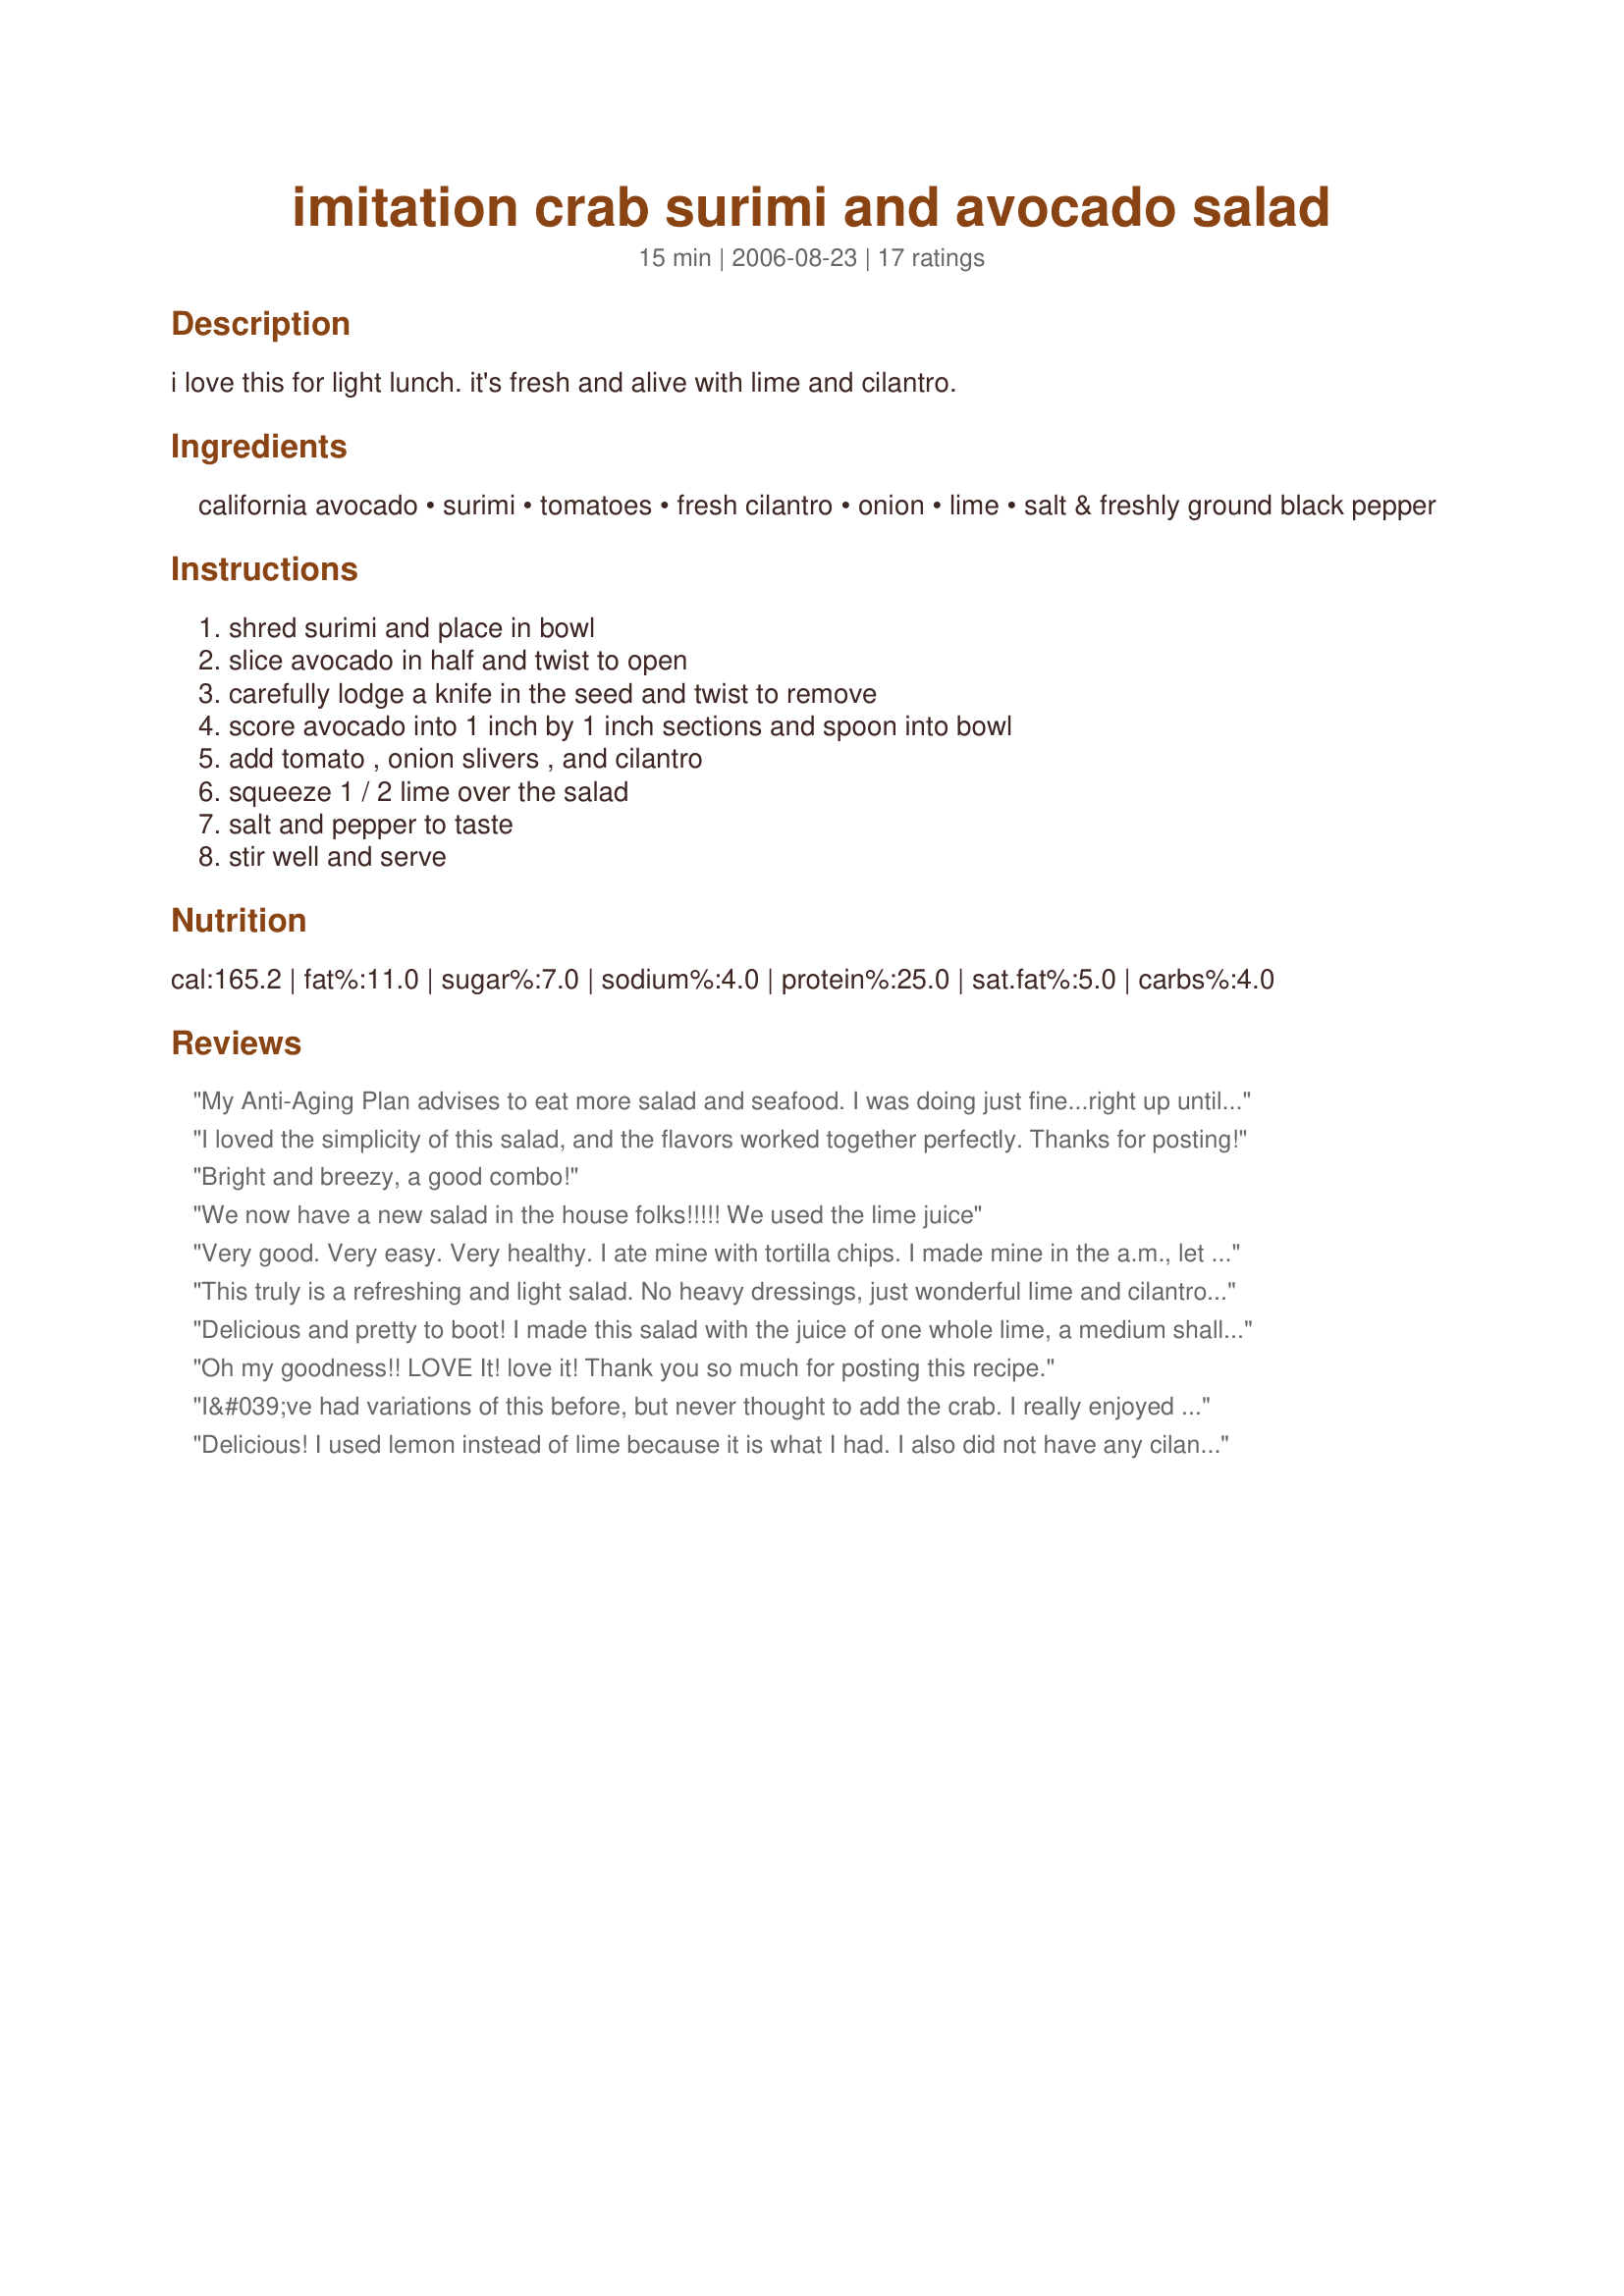
imitation crab surimi and avocado salad
Preparation time: 15 minutes

i love this for light lunch. it's fresh and alive with lime and cilantro.

Ingredients:
california avocado, surimi, tomatoes, fresh cilantro, onion, lime, salt & freshly ground black pepper

Steps:
shred surimi and place in bowl, slice avocado in half and twist to open, carefully lodge a knife in the seed and twist to remove, score avocado into 1 inch by 1 inch sections and spoon into bowl, add tomato , onion slivers , and cilantro, squeeze 1 / 2 lime over the salad, salt and pepper to taste, stir well and serve

Reviews:
My Anti-Aging Plan advises to eat more salad and seafood. I was doing just fine...right up until I ran out.
I loved the simplicity of this salad, and the flavors worked together perfectly. Thanks for posting!
Bright and breezy, a good combo!
We now have a new salad in the house folks!!!!! We used the lime juice
Very good. Very easy. Very healthy. I ate mine with tortilla chips. I made mine in the a.m., let is set for a few hours, and ate it for lunch. I finished the rest the next day. But it was best the same day it was made. I also used dried cilantro and it worked fine (as I did not have fresh). Yum.
This truly is a refreshing and light salad. No heavy dressings, just wonderful lime and cilantro! I added some chopped onion, otherwise made it just as written. Fabulous lunch! I'll make this again. Thanx for sharing the recipe.
Delicious and pretty to boot! I made this salad with the juice of one whole lime, a medium shallot (minced) instead of onion, and added 1/8 teaspoon mild curry powder. Served as a light lunch for two, over mixed spring greens. Saved into my Best of 2014 cookbook ~ hoping for a future tag game on http://4foodfriendsandfun.yuku.com/forums/69/Cooking-Games#.VDbbIRaK3YM
Oh my goodness!! LOVE It! love it! Thank you so much for posting this recipe.
I&#039;ve had variations of this before, but never thought to add the crab. I really enjoyed and found it quite filling even though I only used 4 oz of crab. I did tweak the recipe a bit. I don&#039;t care for raw onions in something this mild, so I swapped it out for some greek olives which added a comparable level of flavor punch. I also used lemon instead of lime as I realized I didn&#039;t have lime in the house. Very tasty!
Delicious! I used lemon instead of lime because it is what I had. I also did not have any cilantro but used Old Bay Seasoning. It was great!
Fabulous! I plan to add a few crushed wasabe peas next time for some crunch and spice.
It&#039;s light, doesn&#039;t need any dressing oil - avocado makes it so smooth, refreshing - lime juice works very well in combination with tomato. Do not want to add any ingredients, t&#039;s good as it is.&lt;br/&gt;Thank you for posting.
This is just the perfect salad for a hot summer day! I added a little Old Bay to mine
I loved this no cook recipe and know it will be in my summer rotation for easy lunches. I used the whole lime, but otherwise made no changes. Thank you for sharing your recipe!
Mmm this was really good - i used it as the filling for whole wheat pitas. Yum!
I&#039;ve made this salad twice in the last week. Very refreshing, light and tasty! Made exactly as posted, first time I used green onion, second time used red onion, I much preferred the red onion, but both were really good! Thank you!
This is now my favorite salad!!!!Fantastic (as I wolf down my 2nd bowl today). I used lemon instead of lime (dont like lime) and I added a very small pinch of chilli peppers for umph. Thank you apple guy. Oh yeah, the 3-4 servings served 2 in my house. This salad rocks.
